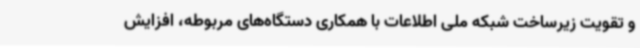
و تقویت زیرساخت شبکه ملی اطلاعات با همکاری دستگاه‌های مربوطه، افزایش